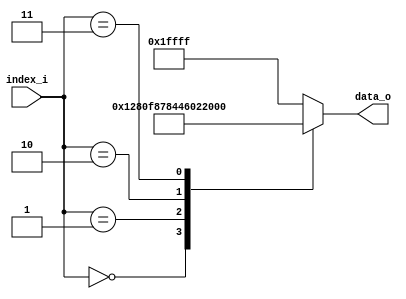
// This program was cloned from: https://github.com/jameshegarty/rigel
// License: MIT License

////////////////////////////////////////////////////////////////////////////////////////////////////
// This program is free software; you can redistribute it and/or
// modify it under the terms of the GNU General Public License
// as published by the Free Software Foundation; either version 2
// of the License, or (at your option) any later version.
//
// This program is distributed in the hope that it will be useful,
// but WITHOUT ANY WARRANTY; without even the implied warranty of
// MERCHANTABILITY or FITNESS FOR A PARTICULAR PURPOSE.  See the
// GNU General Public License for more details.
//
// You should have received a copy of the GNU General Public License
// along with this program; if not, write to the Free Software
// Foundation, Inc., 59 Temple Place - Suite 330, Boston, MA
// 02111-1307, USA.
//
// 2013 - Roman Ovseitsev <romovs@gmail.com>
////////////////////////////////////////////////////////////////////////////////////////////////////

//##################################################################################################
//
// Register configuration for OV7670 camera module.
// Initializes RGB565 VGA, with distorted colors... I yet to find the register settings to fix this. 
//
//
// Calculating required clock frequency. 30fps RGB565 VGA:
//
//  HREF  = tLINE = 640*tP + 144*tP = 784*tP
//  VSYNC = 510 * tLINE = 510 * 784*tP
//  PCLK  = VSYNC * FPS * BYTES_PER_PIXEL = 784 * 510 * 30 * 2 = 23990400 ~= 24MHz
//
//##################################################################################################

`timescale 1ns / 1ps

module OV7670Init (index_i, data_o);

   input       [5:0] index_i;    // Register index.
   output reg  [16:0] data_o;    // {Register_address, register_value, rw_flag} :
                                 //  Where register_value is the value to write if rw_flag = 1
                                 //  otherwise it's not used when rw_flag = 0 (read).
                                 // {16'hffff, 1'b1} - denotes end of the register set.
                                 // {16'hf0f0, 1'b1} - denotes that a delay is needed at this point.
   always @* begin
      (* parallel_case *) case(index_i)
         //6'd0 : data_o = {16'h0A76, 1'b0}; 
         6'd0 : data_o = {16'h1280, 1'b1};   // COM7     Reset.
         6'd1 : data_o = {16'hf0f0, 1'b1};   // Denotes delay.
         6'd2 : data_o = {16'h1180, 1'b1};   // CLKRC     Use external clock? 
         6'd3 : data_o = {16'h1205, 1'b1};   // COM12     Set RGB 
         
         /*
         6'd2 : data_o = {16'h1204, 1'b1};   // COM7     Set RGB (06 enables color bar overlay).
         6'd3 : data_o = {16'h1100, 1'b1};   // CLKRC    Use external clock directly.
         6'd4 : data_o = {16'h0C00, 1'b1};   // COM3     Disable DCW & scalling. + RSVD bits.
         6'd5 : data_o = {16'h3E00, 1'b1};   // COM14    Normal PCLK.
         6'd6 : data_o = {16'h8C00, 1'b1};   // RGB444   Disable RGB444
         6'd7 : data_o = {16'h0400, 1'b1};   // COM1     Disable CCIR656. AEC low 2 LSB.
         6'd8 : data_o = {16'h40d0, 1'b1};   // COM15    Set RGB565 full value range
         6'd9 : data_o = {16'h3a04, 1'b1};   // TSLB     Don't set window automatically. + RSVD bits.
         6'd10: data_o = {16'h1418, 1'b1};   // COM9     Maximum AGC value x4. Freeze AGC/AEC. + RSVD bits.
         6'd11: data_o = {16'h4fb3, 1'b1};   // MTX1     Matrix Coefficient 1
         6'd12: data_o = {16'h50b3, 1'b1};   // MTX2     Matrix Coefficient 2
         6'd13: data_o = {16'h5100, 1'b1};   // MTX3     Matrix Coefficient 3
         6'd14: data_o = {16'h523d, 1'b1};   // MTX4     Matrix Coefficient 4
         6'd15: data_o = {16'h53a7, 1'b1};   // MTX5     Matrix Coefficient 5
         6'd16: data_o = {16'h54e4, 1'b1};   // MTX6     Matrix Coefficient 6
         6'd17: data_o = {16'h589e, 1'b1};   // MTXS     Enable auto contrast center. Matrix coefficient sign. + RSVD bits.
         6'd18: data_o = {16'h3dc0, 1'b1};   // COM13    Gamma enable. + RSVD bits.
         6'd19: data_o = {16'h1100, 1'b1};   // CLKRC    Use external clock directly.
         6'd20: data_o = {16'h1714, 1'b1};   // HSTART   HREF start high 8 bits.
         6'd21: data_o = {16'h1802, 1'b1};   // HSTOP    HREF stop high 8 bits.
         6'd22: data_o = {16'h3280, 1'b1};   // HREF     HREF edge offset. HSTART/HSTOP low 3 bits.
         6'd23: data_o = {16'h1903, 1'b1};   // VSTART   VSYNC start high 8 bits.
         6'd24: data_o = {16'h1A7b, 1'b1};   // VSTOP    VSYNC stop high 8 bits.
         6'd25: data_o = {16'h030a, 1'b1};   // VREF     VSYNC edge offset. VSTART/VSTOP low 3 bits.
         6'd26: data_o = {16'h0f41, 1'b1};   // COM6     Disable HREF at optical black. Reset timings. + RSVD bits.
         6'd27: data_o = {16'h1e03, 1'b1};   // MVFP     No mirror/vflip. Black sun disable. + RSVD bits.
         6'd28: data_o = {16'h330b, 1'b1};   // CHLF     Array Current Control - Reserved  
         //6'd29: data_o = {16'h373f, 1'b1};   // ADC 
         //6'd30: data_o = {16'h3871, 1'b1};   // ACOM     ADC and Analog Common Mode Control - Reserved
         //6'd31: data_o = {16'h392a, 1'b1};   // OFON     ADC Offset Control - Reserved               
         6'd29: data_o = {16'h3c78, 1'b1};   // COM12    No HREF when VSYNC is low. + RSVD bits.
         6'd30: data_o = {16'h6900, 1'b1};   // GFIX     Fix Gain Control? No.    
         6'd31: data_o = {16'h6b1a, 1'b1};   // DBLV     Bypass PLL. Enable internal regulator. + RSVD bits.
         6'd32: data_o = {16'h7400, 1'b1};   // REG74    Digital gain controlled by VREF[7:6]. + RSVD bits.
         6'd33: data_o = {16'hb084, 1'b1};   // RSVD     ?          
         6'd34: data_o = {16'hb10c, 1'b1};   // ABLC1    Enable ABLC function. + RSVD bits.
         6'd35: data_o = {16'hb20e, 1'b1};   // RSVD     ?
         6'd36: data_o = {16'hb380, 1'b1};   // THL_ST   ABLC Target.
         6'd37: data_o = {16'h7a20, 1'b1};   // SLOP     Gamma Curve Highest Segment Slope 
         6'd38: data_o = {16'h7b10, 1'b1};   // GAM1
         6'd39: data_o = {16'h7c1e, 1'b1};   // GAM2
         6'd40: data_o = {16'h7d35, 1'b1};   // GAM3
         6'd41: data_o = {16'h7e5a, 1'b1};   // GAM4
         6'd42: data_o = {16'h7f69, 1'b1};   // GAM5
         6'd43: data_o = {16'h8076, 1'b1};   // GAM6
         6'd44: data_o = {16'h8180, 1'b1};   // GAM7
         6'd45: data_o = {16'h8288, 1'b1};   // GAM8
         6'd46: data_o = {16'h838f, 1'b1};   // GAM9
         6'd47: data_o = {16'h8496, 1'b1};   // GAM10
         6'd48: data_o = {16'h85a3, 1'b1};   // GAM11
         6'd49: data_o = {16'h86af, 1'b1};   // GAM12
         6'd50: data_o = {16'h87c4, 1'b1};   // GAM13
         6'd51: data_o = {16'h88d7, 1'b1};   // GAM14
         6'd52: data_o = {16'h89e8, 1'b1};   // GAM15
        */ 
        default: data_o = {16'hffff, 1'b1};
      endcase
   end

endmodule